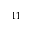
^ { 1 1 }